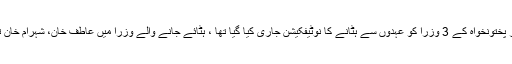
یاد رہے گذشتہ روز صوبہ خیبر پختونخواہ کے 3 وزرا کو عہدوں سے ہٹانے کا نوٹیفکیشن جاری کیا گیا تھا ، ہٹائے جانے والے وزرا میں عاطف خان، شہرام خان ترکئی اور شکیل احمد شامل ہیں۔